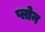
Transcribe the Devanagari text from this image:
प्लोन